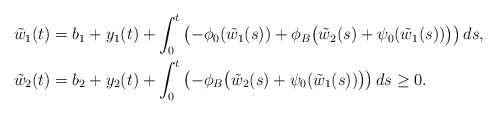
\begin{align*}\tilde{w}_1(t) &= b_1 + y_1(t) + \int_0^t\left(-\phi_0(\tilde{w}_1(s)) + \phi_B\big(\tilde{w}_2(s) + \psi_0(\tilde{w}_1(s))\big)\right)ds, \\\tilde{w}_2(t) &= b_2 + y_2(t) + \int_0^t\left(-\phi_B\big(\tilde{w}_2(s)+\psi_0(\tilde{w}_1(s))\big)\right)ds \ge 0. \end{align*}